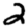
Digit: 2